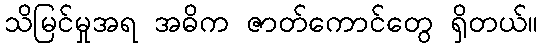
သိမြင်မှုအရ အဓိက ဇာတ်ကောင်တွေ ရှိတယ်။